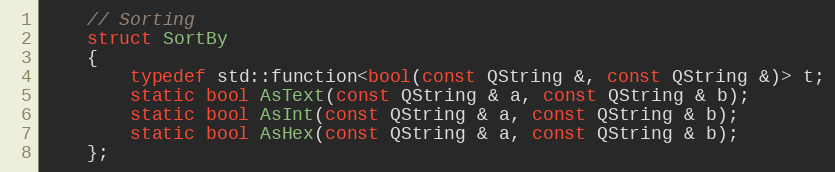
Language: C
    // Sorting
    struct SortBy
    {
        typedef std::function<bool(const QString &, const QString &)> t;
        static bool AsText(const QString & a, const QString & b);
        static bool AsInt(const QString & a, const QString & b);
        static bool AsHex(const QString & a, const QString & b);
    };